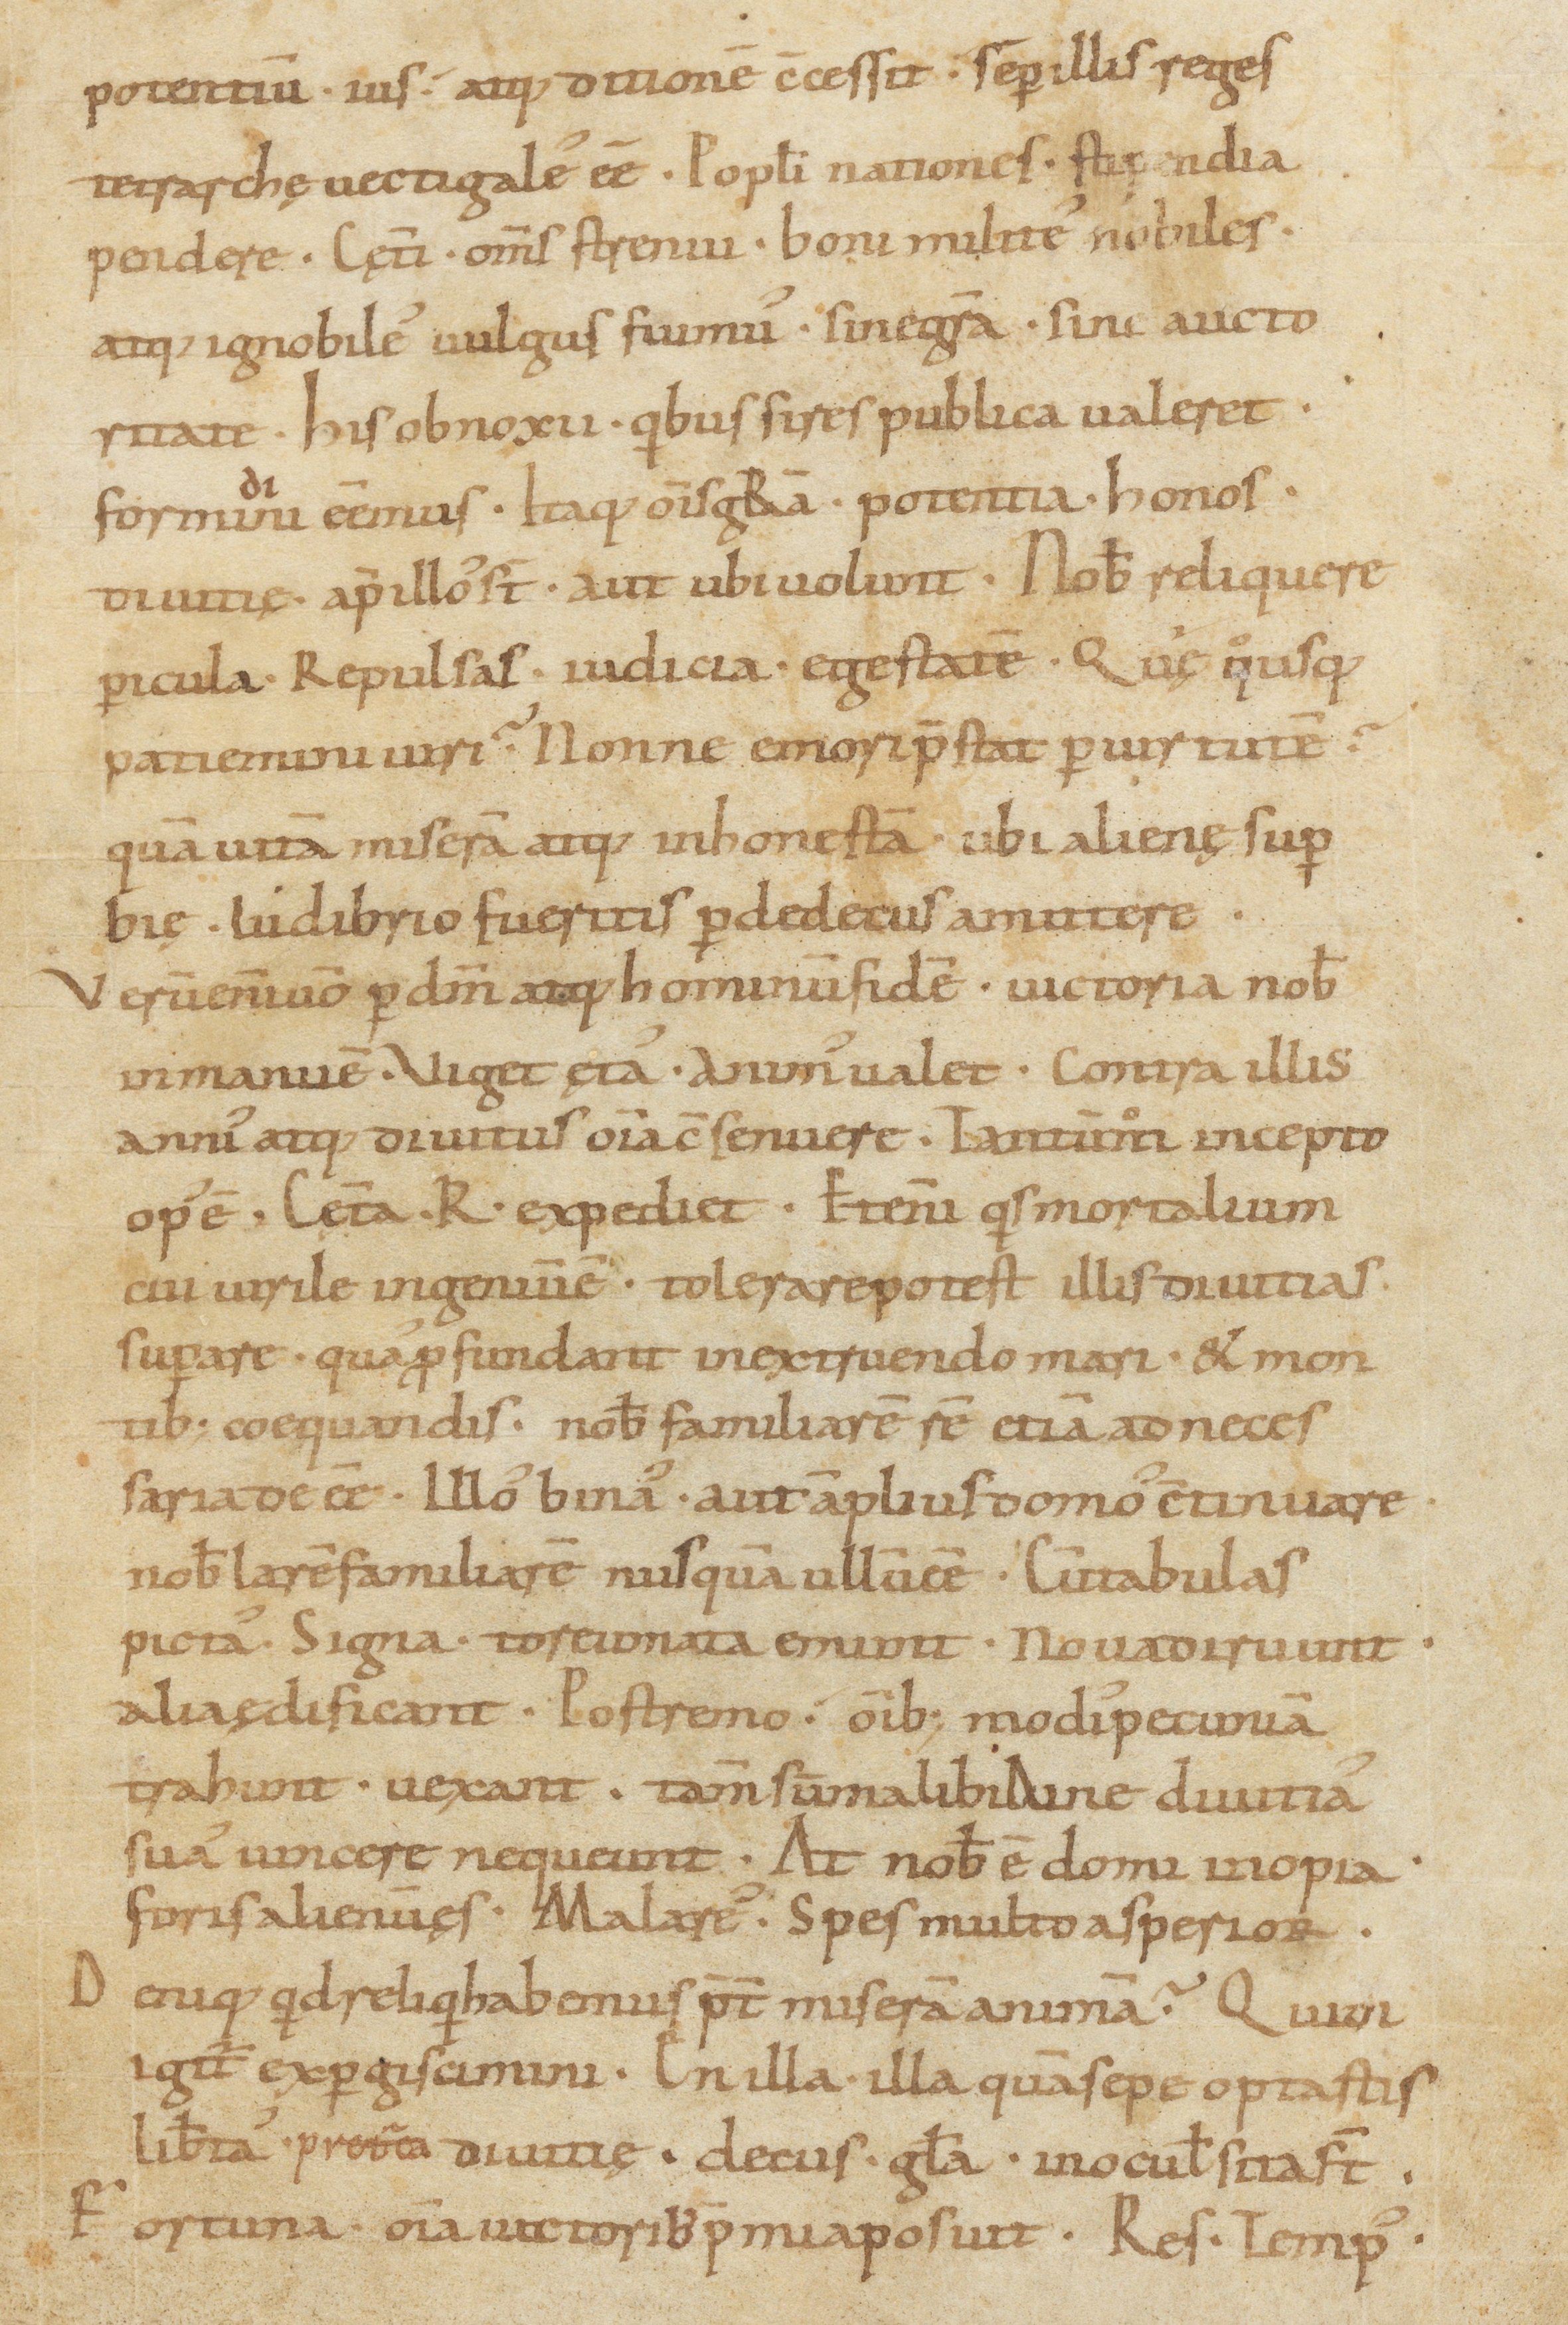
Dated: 1000–1099